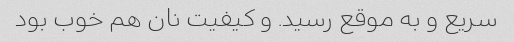
سریع و به موقع رسید. و کیفیت نان هم خوب بود